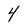
Character: 4